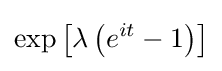
\exp \left[\lambda \left(e^{it}-1\right)\right]